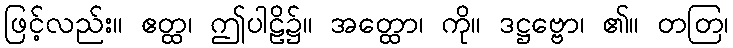
ဖြင့်လည်း။ ဧတ္ထ၊ ဤပါဠိ၌။ အတ္ထော၊ ကို။ ဒဋ္ဌဗ္ဗော၊ ၏။ တတြ၊